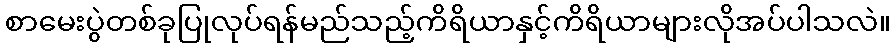
စာမေးပွဲတစ်ခုပြုလုပ်ရန်မည်သည့်ကိရိယာနှင့်ကိရိယာများလိုအပ်ပါသလဲ။